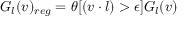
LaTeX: G _ { l } ( v ) _ { r e g } = \theta [ ( v \cdot l ) > \epsilon ] G _ { l } ( v )